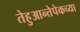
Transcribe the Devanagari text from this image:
तेहुआन्तेपेकच्या